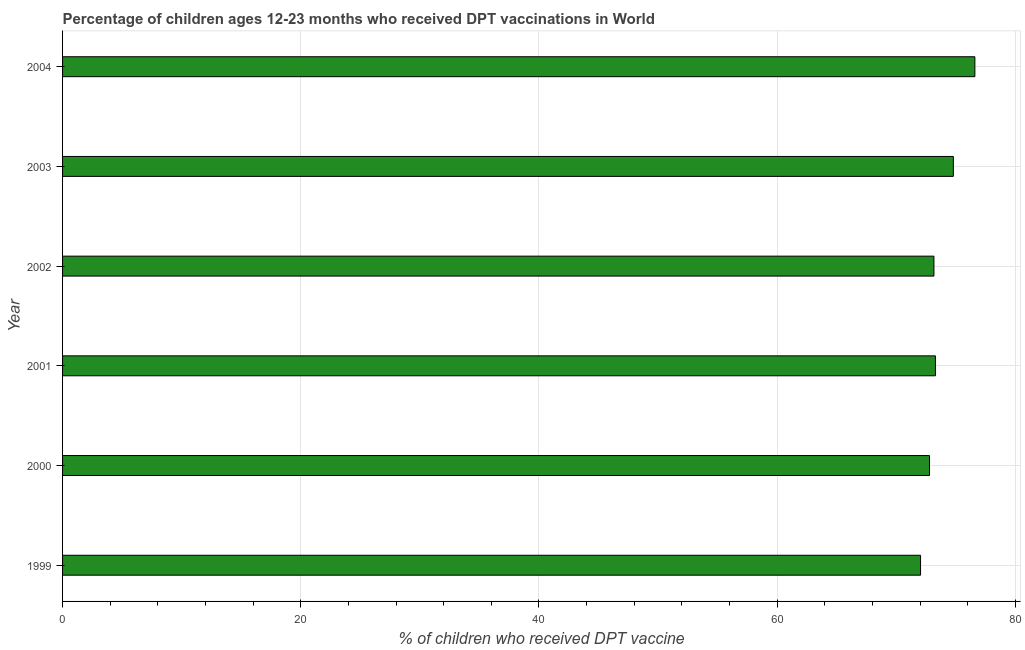
| Year | Immunization |
 | --- | --- |
 | 1999 | 72 |
 | 2000 | 72.8 |
 | 2001 | 73.3 |
 | 2002 | 73.2 |
 | 2003 | 74.8 |
 | 2004 | 76.6 |